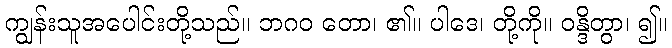
ကျွန်းသူအပေါင်းတို့သည်။ ဘဂဝ တော၊ ၏။ ပါဒေ၊ တို့ကို။ ဝန္ဒိတွာ၊ ၍။